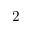
2